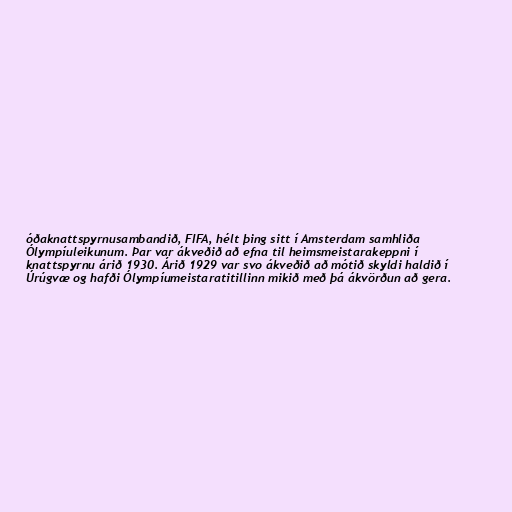
óðaknattspyrnusambandið, FIFA, hélt þing sitt í Amsterdam samhliða
Ólympíuleikunum. Þar var ákveðið að efna til heimsmeistarakeppni í
knattspyrnu árið 1930. Árið 1929 var svo ákveðið að mótið skyldi haldið í
Úrúgvæ og hafði Ólympíumeistaratitillinn mikið með þá ákvörðun að gera.